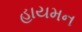
હાયમન